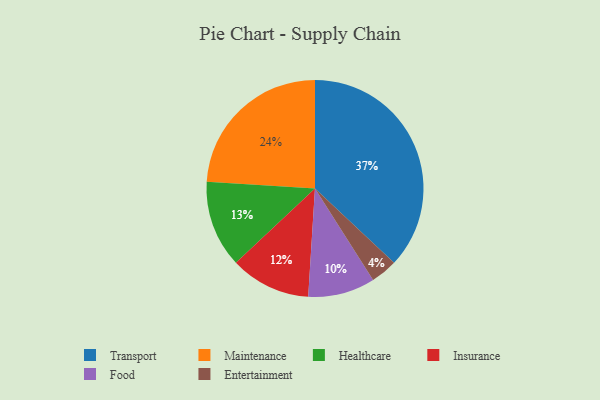
{"axis": {"x": "Category", "y": "Percentage"}, "legend": ["Entertainment", "Food", "Healthcare", "Insurance", "Maintenance", "Transport"], "data": [{"x": "Transport", "y": 37, "type": "Transport"}, {"x": "Entertainment", "y": 4, "type": "Entertainment"}, {"x": "Insurance", "y": 12, "type": "Insurance"}, {"x": "Food", "y": 10, "type": "Food"}, {"x": "Maintenance", "y": 24, "type": "Maintenance"}, {"x": "Healthcare", "y": 13, "type": "Healthcare"}]}